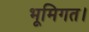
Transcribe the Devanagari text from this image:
भूमिगत।